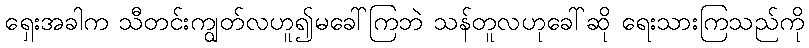
ရှေးအခါက သီတင်းကျွတ်လဟူ၍မခေါ်ကြဘဲ သန်တူလဟုခေါ်ဆို ရေးသားကြသည်ကို